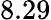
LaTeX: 8.29